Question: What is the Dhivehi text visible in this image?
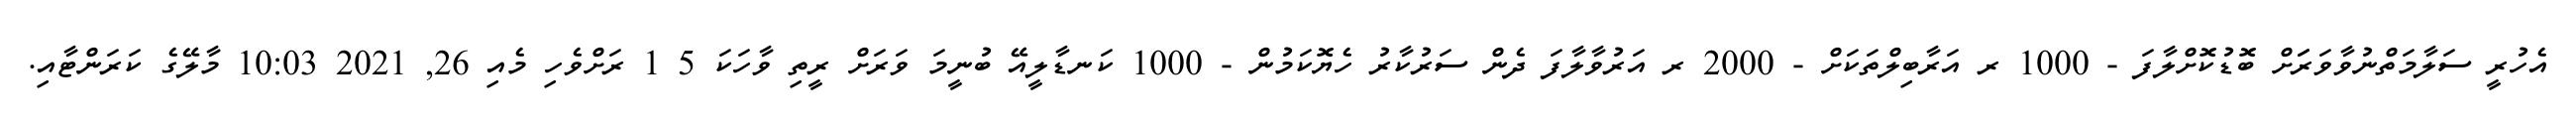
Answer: އެހުރީ ސަލާމަތްނުވާވަރަަށް ބޮޑުކޮށްލާފަ - 1000 ރ އަރާބިލްތަކަށް - 2000 ރ އަރުވާލާފަ ދެން ސަރުކާރު ހެޔޮކަމުން - 1000 ކަނޑާލީއޭ ބުނީމަ ވަރަށް ރީތި ވާހަކަ 5 1 ރަށްވެހި މެއި 26, 2021 10:03 މާލޭގެ ކަރަންޓާއި.